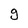
Character: g